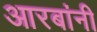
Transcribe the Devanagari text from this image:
आरबांनी